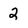
Character: 2